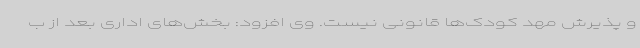
و پذیرش مهد کودک‌ها قانونی نیست. وی افزود: بخش‌های اداری بعد از ب